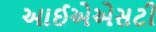
આઈએએસટી